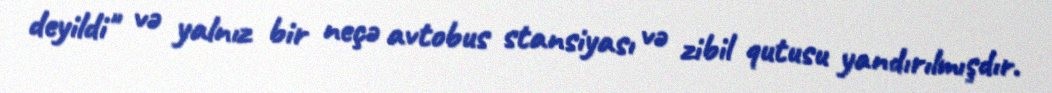
deyildi" və yalnız bir neçə avtobus stansiyası və zibil qutusu yandırılmışdır.